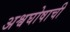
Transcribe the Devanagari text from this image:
अश्वघोषाची